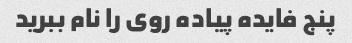
پنج فایده پیاده روی را نام ببرید